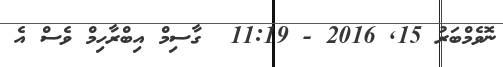
ނޮވެމްބަރު 15